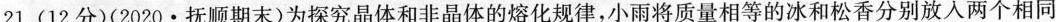
21.(12分)(2020·抚顺期末)为探究晶体和非晶体的熔化规律，小雨将质量相等的冰和松香分别放入两个相同